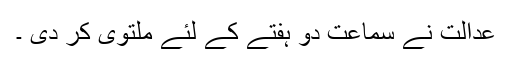
عدالت نے سماعت دو ہفتے کے لئے ملتوی کر دی ۔